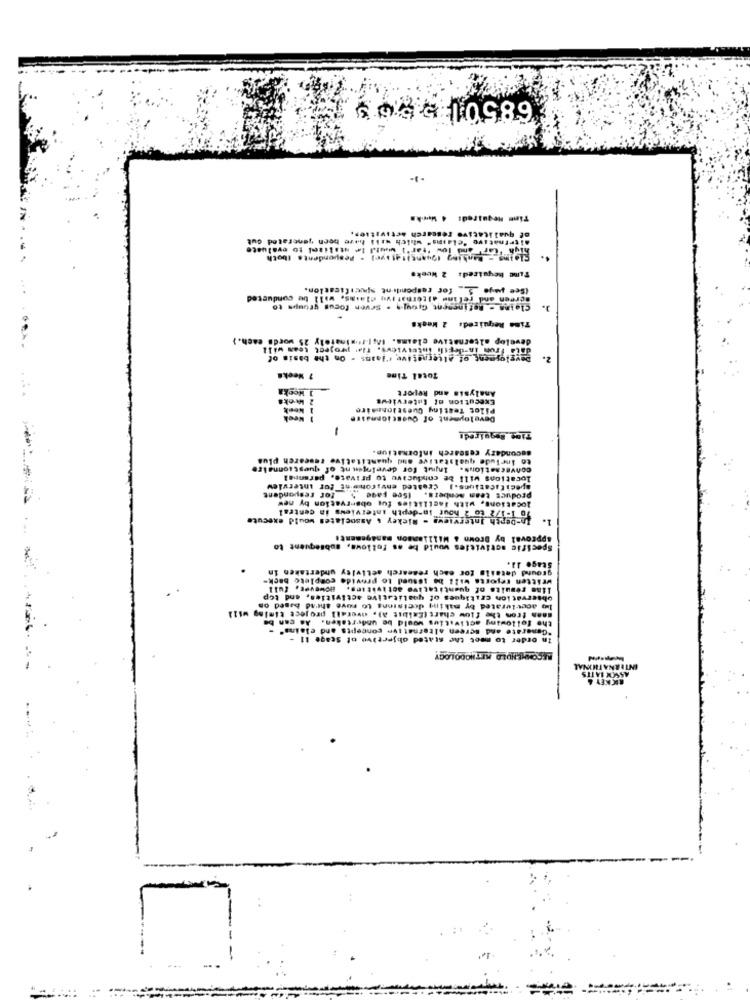
68501 5 563
Time Required: 4 Wwwkm
of qualitative research activities.
alternative "claims" which will have been generated out
high Cart And low 'tar*) whub Ie utilizel to evaluate
Claims - Banking (Quantitative) . respondents Iboth
Time heyutred: 2 Weeks
(See page _5 __ for respondent specification.
screen and reling alternative claims, will be conducted
Cleine - Befinesent Groups . Seven focus groups to
3.
Time Required: 2 Weeks
develop alternative claims. (;[-fiminately 25 words each.)
data From In-depth Interviews, fla project
Development of alternative r'lains . On the basis of
7 Weeks
Total Time
Analysis and Report
Execution of Interviews
Pilot Teatiny Cuestionesire
Development of Questionnaire
-
Tion BoquiredE
secondary research informatiun.
to include qualitative and quantitative research plus
conversations. Input for develnennt of questionnaire
locations will be conducive to private, perannal
specifications. ] created environisine for interview
locations, with facilities for obarryation by new
product team acnbers. (See page > for respondent
10 1-1/2 to 2 hour in-depth interviews in central
-berth Interviews - Mickey & Associates would execute
1.
approval by Brown & Williamson management!
Specific activities would be as follows, subsequent to
---- -
Stage 11.
ground details tor each research activity undertaken in
written reports will be issued to provide complete back-
liam results of quantitative activating. However, full
observation critiques of qualitative activities, and top
lig acevierated by making decisions to move ahrad based on
the following activities would be undertaken. As can be
sans fron the flow chart (Exibit a), overall project timing will
"Generate and screen alternative concepts and claims" -
In order to meet the stated objective of Stage 11 -
RECOMMENDED METHODOLOGY
INTERNATIONAL
RICKEY &
ASSON BATTS
..